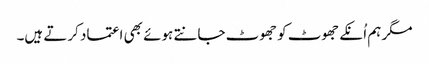
مگر ہم اُنکے جھوٹ کو جھوٹ جانتے ہوئے بھی اعتماد کرتے ہیں۔